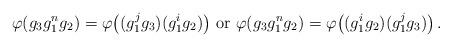
LaTeX: \begin{align*} \varphi (g_3 g^{n}_1 g_2) = \varphi \big( (g^{j}_1 g_3) (g^{i}_1 g_2) \big) \mbox{ or } \varphi (g_3 g^{n}_1 g_2) = \varphi \big( (g^{i}_1 g_2) (g^{j}_1 g_3) \big) \,.\end{align*}